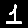
Digit: 1